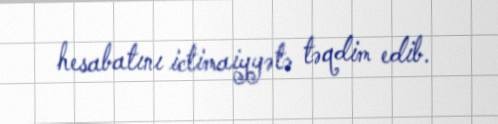
hesabatını ictimaiyyətə təqdim edib.